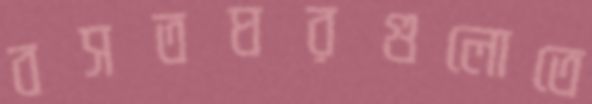
বসতঘরগুলোতে